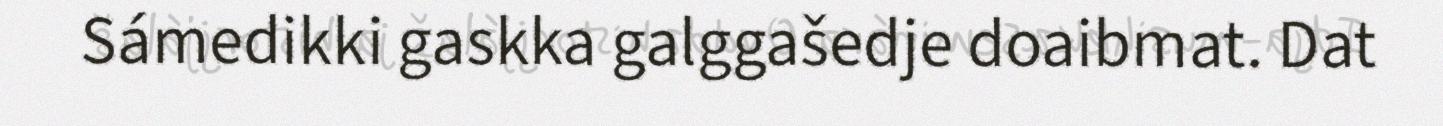
Sámedikki gaskka galggašedje doaibmat. Dat